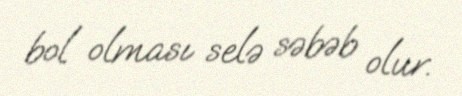
bol olması selə səbəb olur.